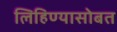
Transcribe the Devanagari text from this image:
लिहिण्यासोबत